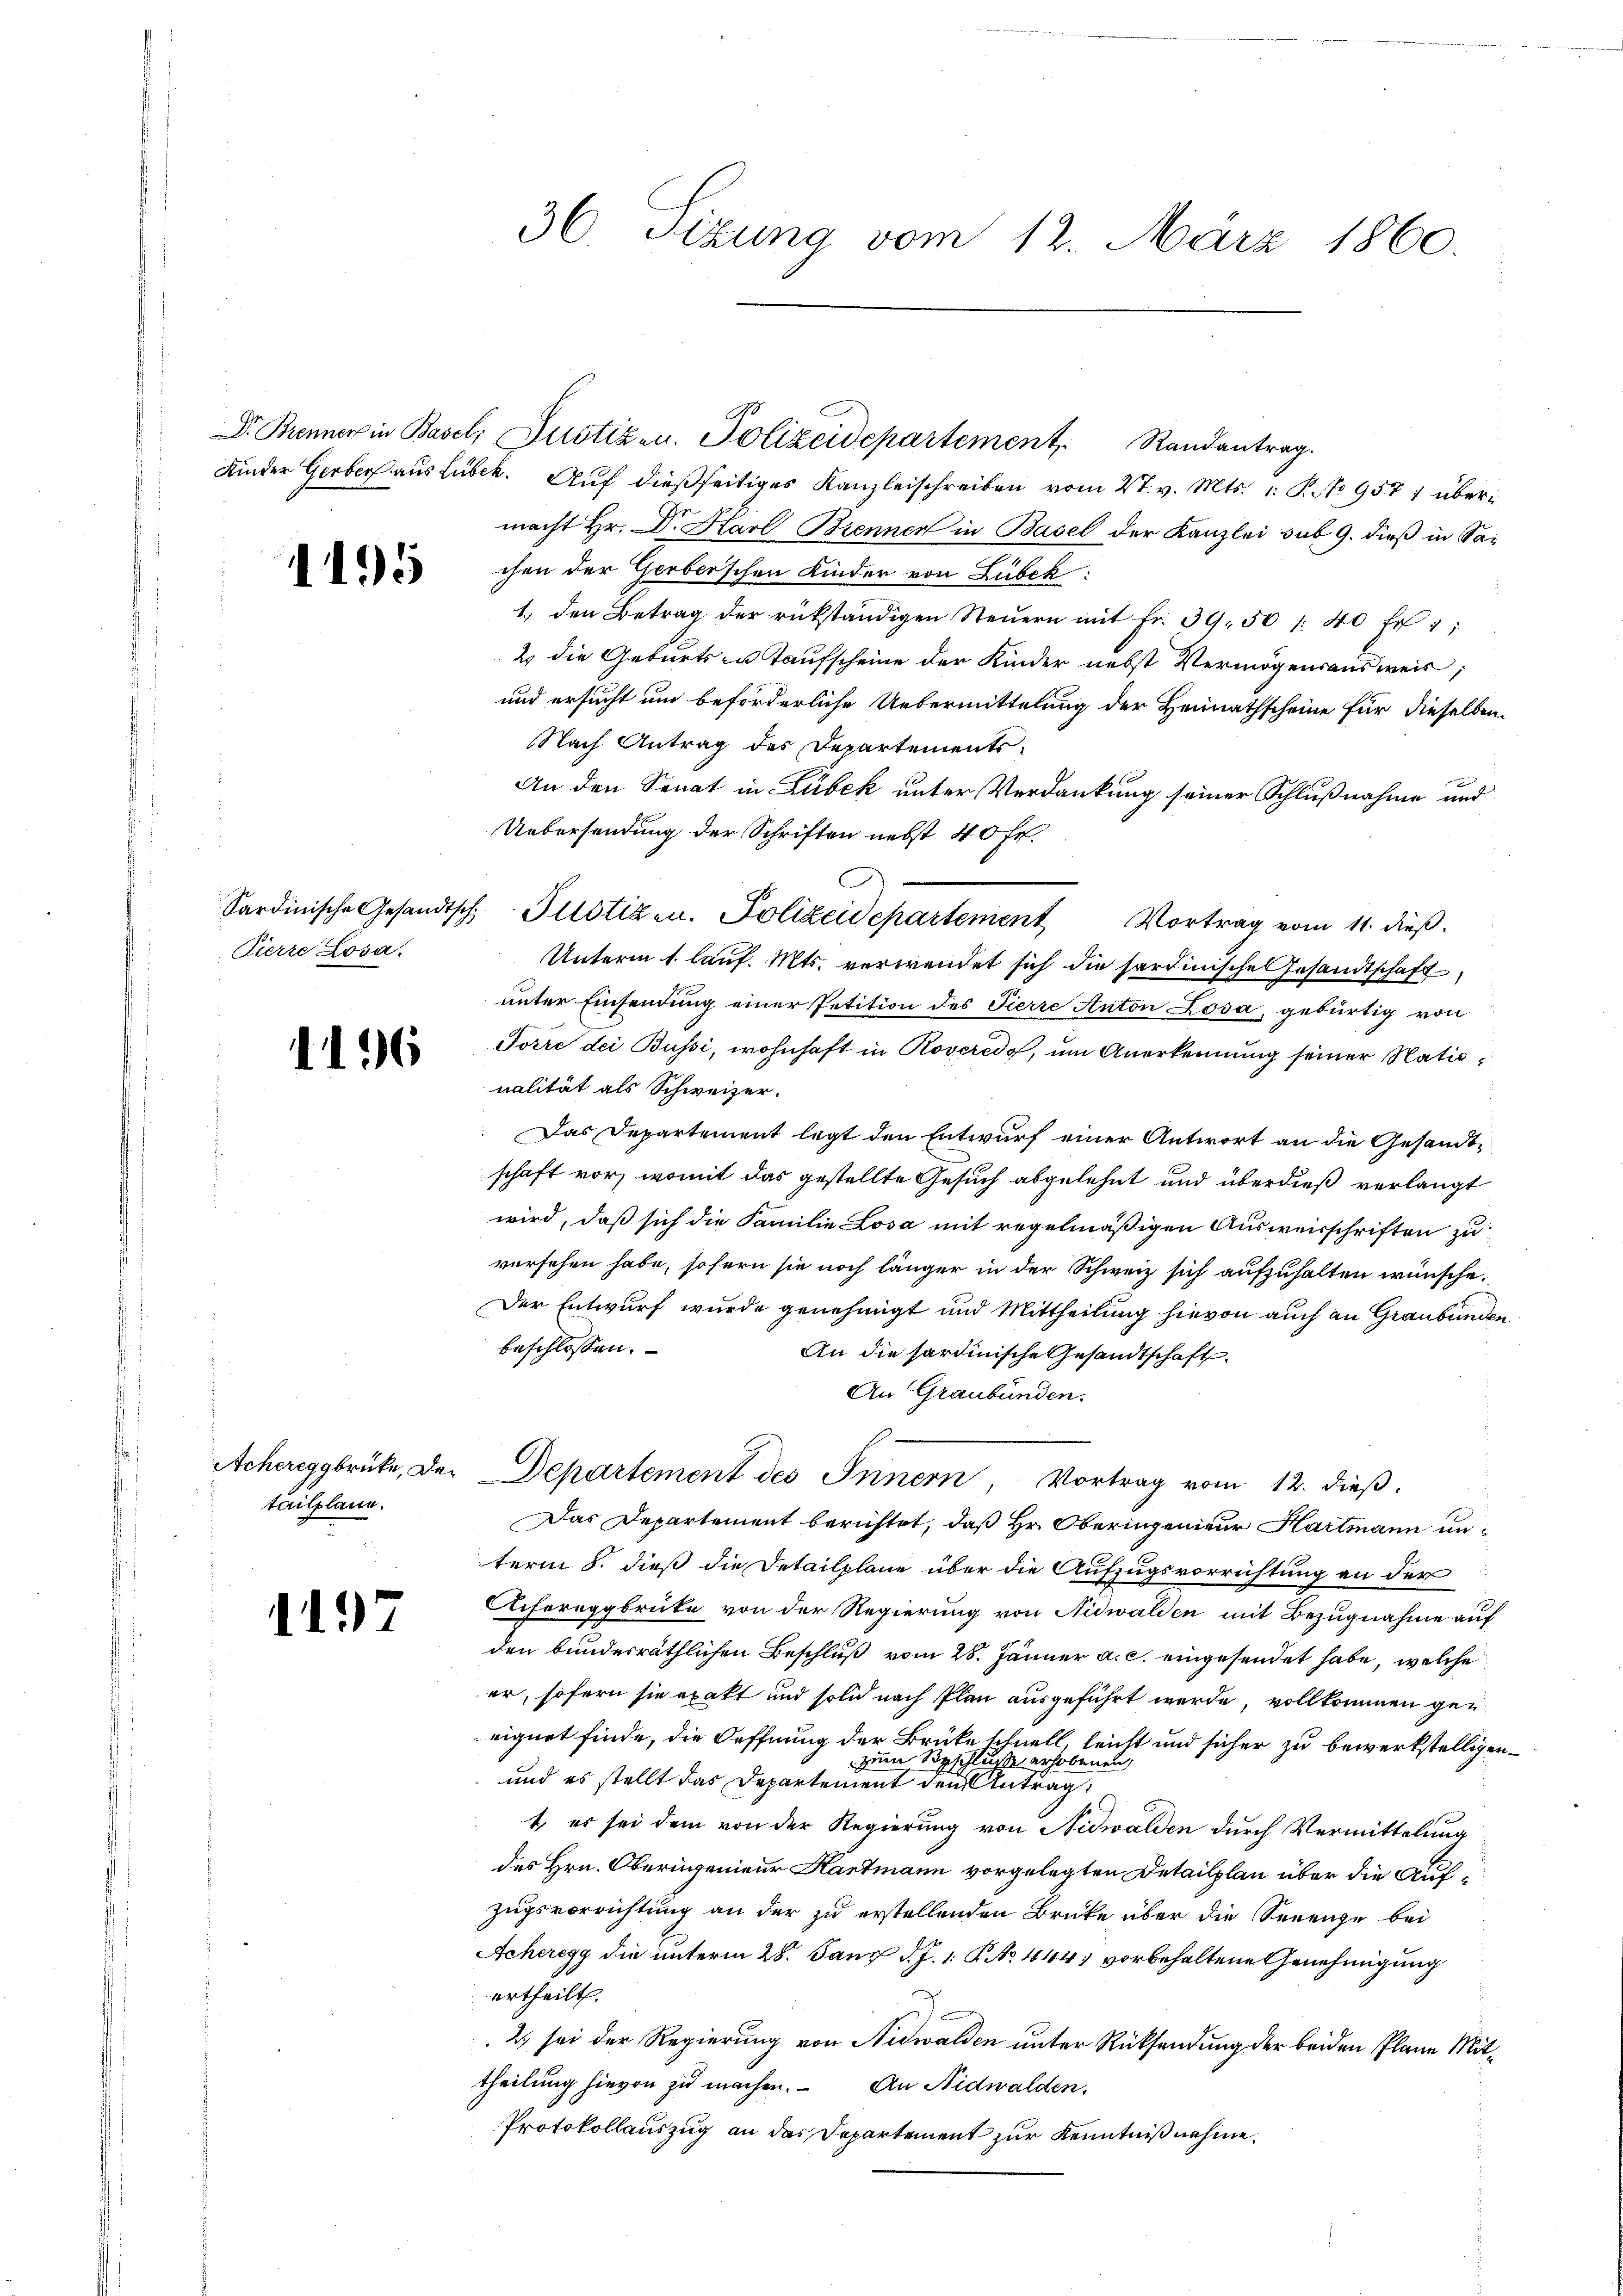
1195

Pierre Losa.

1196

tailplann.

1

36. Sitzung vom 12. März 1860.

Kinder Gerber aus Lübeck. Auf dießseitiges Kanzleischreiben vom 27. v. Mts. 1. P. No 9571 über
macht Hr. Dr. Harl Brennen in Basel der Kanzlei sub 9. dieß in Sachen der Gerberschen Kinder von Lübck:
1. den Betrag der rükständigen Steŭern mit Fr. 39. 50 /: 40 Fr. 1
2 die Geburts- u. Taufscheine der Kinder nebst Vermögensausweis;
und ersucht um beförderliche Uebermittelung der Heimathscheine für dieselben
Nach Antrag des Departements¬
An den Senat in Lübeck unter Verdankung seiner Schlußnahme und
Uebersendung der Schriften nebst 40 fr.
Sardinische Gesandtsch Plotizen. Polizeidepartement Vortrag vom 11. dieß.
Unterm 1. lauf. Mts. verwendet sich die sardinische Gesandtschaft
unter Einsendung einer Petition des Tierre Anton Losa, gebürtig von
Torre dei Bussi, wohnhaft in Roveredo, um Anerkennung seiner Nationalität als Schweizer.
Das Departement legt den Entwurf einer Antwort an die Gesandtschaft vor, womit das gestellte Gesuch abgelehnt und überdieß verlangt
wird, daß sich die Familie Losa mit regelmäßigen Ausweisschriften zu
versehen habe, sofern sie noch länger in der Schweiz sich aufzuhalten wünsche,
Der Entwurf wurde genehmigt und Mittheilung hievon auch an Graubünden
beschlossen.
An die sardinische Gesandtschaft
An Graubünden.
Acherigabrüke, der Departement des Innern, Vortrag vom 12. dieß.
Das Departement berichtet, daß Hr. Oberingenieur Hartmann unterm 8. dieß die Detailpläne über die Aufzugsvorrichtung an der
Achereggbrüke von der Regierung von Nidwalden mit Bezugnahme auf
den bundesräthlichen Beschluß vom 28. Jänner a. c. eingesendet habe, welche
er, sofern sie exakt und solid nach Plan ausgeführt werde, vollkommen gen
eignet finde, die Oeffnung der Brüke schnell, leicht und sicher zu bewerkstelligenzum Beschluße erhobenen,
und es stellt das Departement den Antrag
t es sei dem von der Regierung von Nidwalden durch Vermittelung
des Hrn. Oberingenieur Hartmann vorgelegten Detailplan über die Aufzugsvorrichtung an der zu erstellenden Brücke über die Serenge bei
Acheregg die unterm 28. Janz d. J. 1. P. No. 444 vorbehaltene Genehmigung
ertheilt.
3
2) sei der Regierung von Nidwalden unter Rücksendung der beiden Plane Mittheilung hievon zu machen. An Nidwalden.
Protokollauszug an das Departement zur Kenntnißnahme.

Dr. Brenner in Basel, Justiz- u. Polizeidepartement, Randantrag.